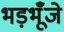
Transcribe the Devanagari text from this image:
भड़भूँजे